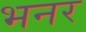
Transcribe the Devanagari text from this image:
भनर